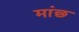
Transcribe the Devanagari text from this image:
मांछ